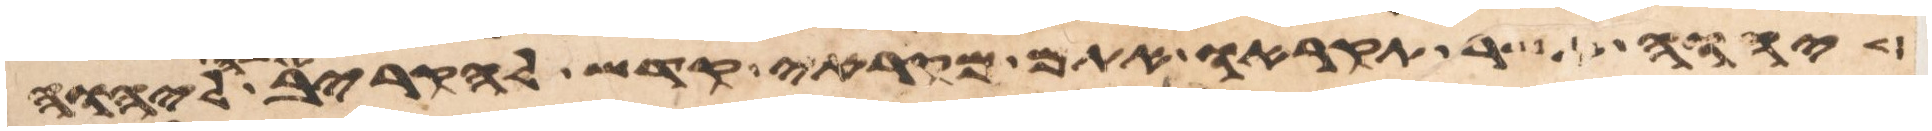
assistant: יהוה אשר תקראו אתם מקראי קדש להקריב אשה ליהוה